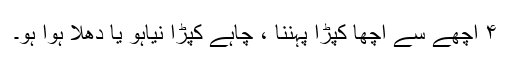
۴ اچھے سے اچھا کپڑا پہننا ، چاہے کپڑا نیاہو یا دھلا ہوا ہو۔